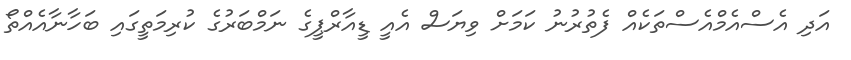
އަދި އެސްއެމްއެސްތަކެއް ފެތުރުނު ކަމަށް ވިޔަސް އެއީ ޑީއާރްޕީގެ ނަމްބަރުގެ ކުރިމަތީގައި ބަހާނާއެއްތޯ